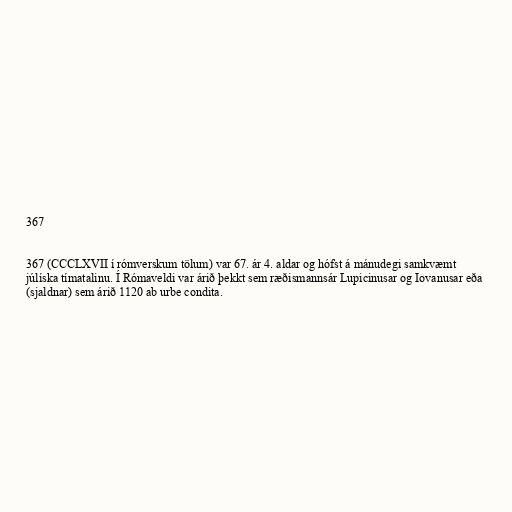
367

367 (CCCLXVII í rómverskum tölum) var 67. ár 4. aldar og hófst á mánudegi samkvæmt
júlíska tímatalinu. Í Rómaveldi var árið þekkt sem ræðismannsár Lupicinusar og Iovanusar eða
(sjaldnar) sem árið 1120 ab urbe condita.